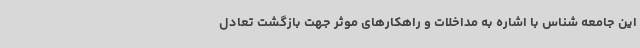
این جامعه شناس با اشاره به مداخلات و راهکارهای موثر جهت بازگشت تعادل